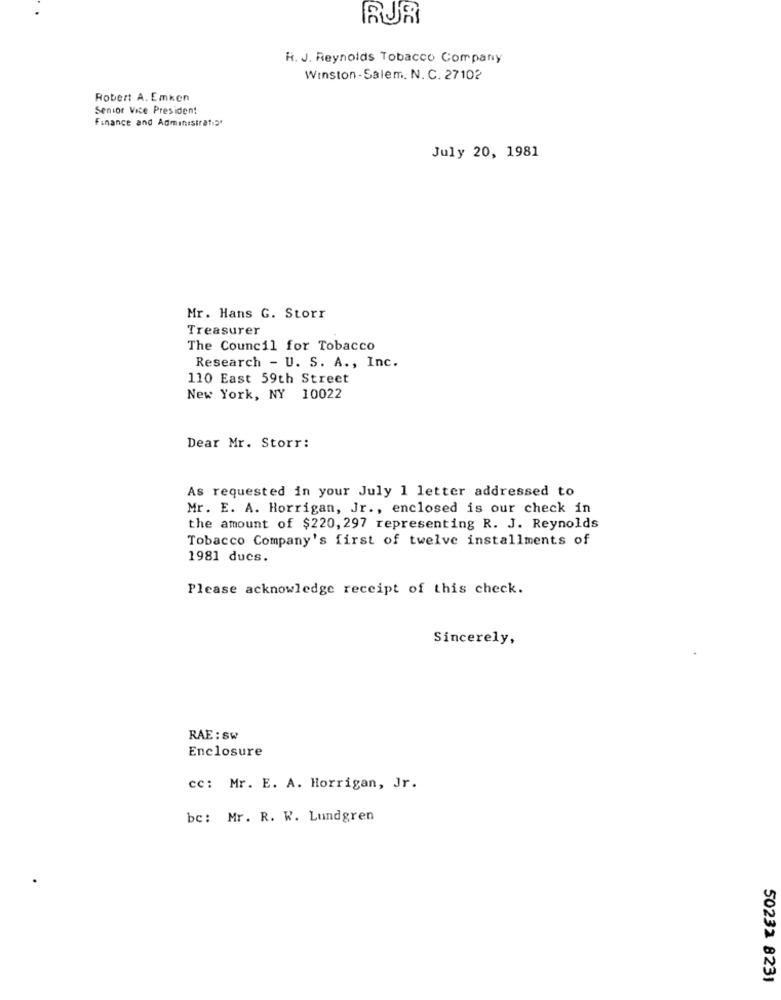
BUR
R. J. Reynolds Tobacco Company
Winston-Salem. N. C. 27102
Robert A. Emken
Senior Vice President
Finance and Administratis'
July 20, 1981
Mr. Hans G. Storr
Treasurer
The Council for Tobacco
Research - U. S. A ., Inc.
110 East 59th Street
New York, NY 10022
Dear Mr. Storr:
As requested in your July 1 letter addressed to
Mr. E. A. Horrigan, Jr ., enclosed is our check in
the amount of $220, 297 representing R. J. Reynolds
Tobacco Company's first of twelve installments of
1981 ducs.
Please acknowledge receipt of this check.
Sincerely,
RAE : Sw
Enclosure
cc: Mr. E. A. Horrigan, Jr.
bc: Mr. R. W. Lundgren
50232 8231